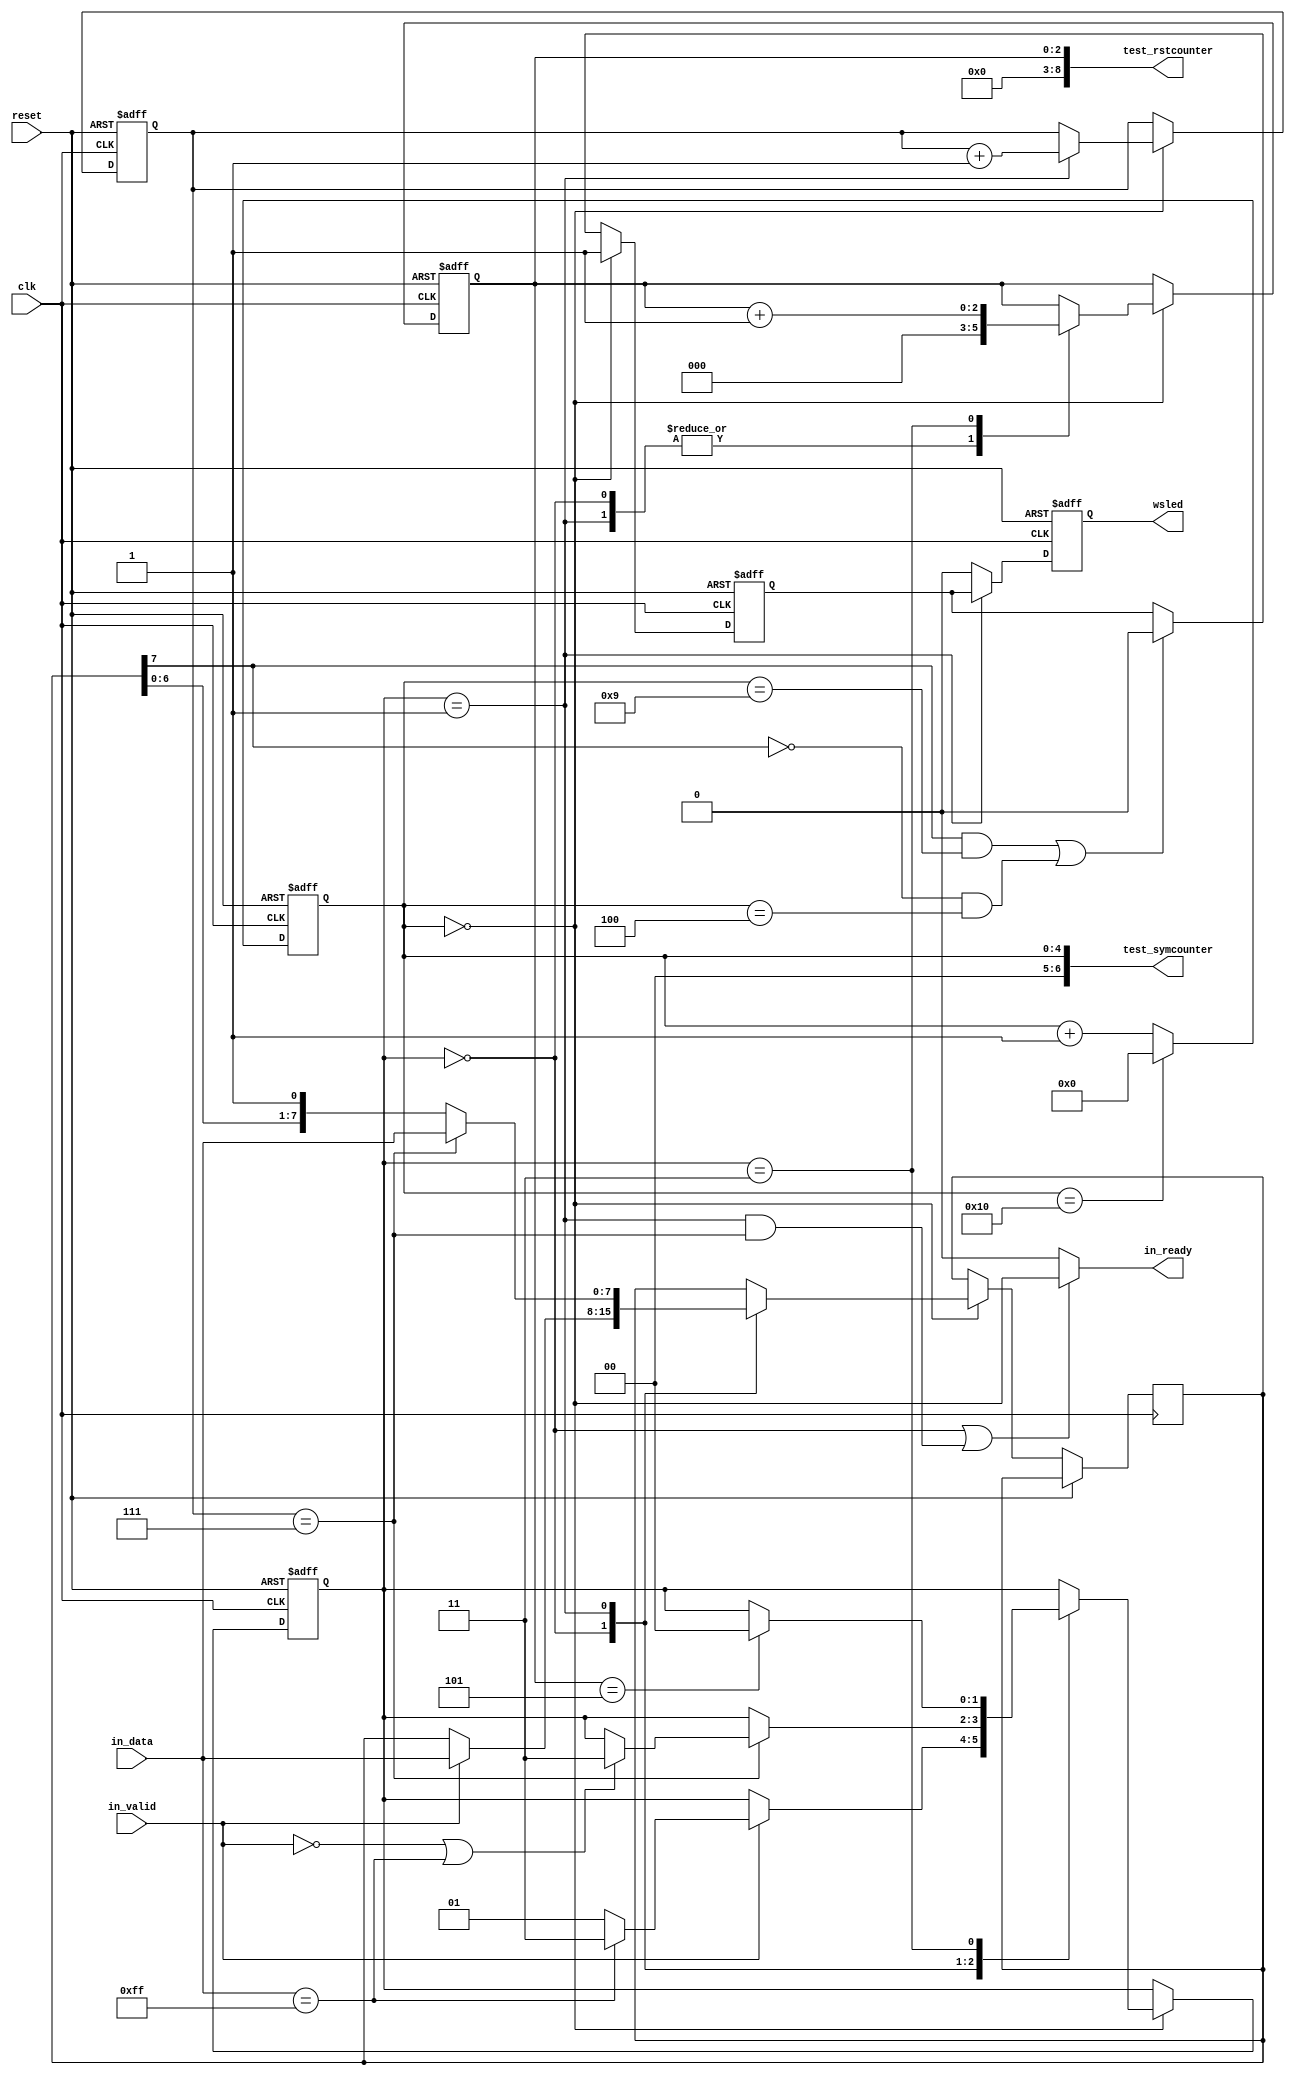
// ===================================================================
// TITLE : PERIDOT Ethernet I/O Extender / WSLED Serializer
//
//     DESIGN : s.osafune@j7system.jp (J-7SYSTEM WORKS LIMITED)
//            : 2022/09/28 (FIXED)
//
// ===================================================================
//
// The MIT License (MIT)
// Copyright (c) 2022 J-7SYSTEM WORKS LIMITED.
//
// Permission is hereby granted, free of charge, to any person obtaining a copy of
// this software and associated documentation files (the "Software"), to deal in
// the Software without restriction, including without limitation the rights to
// use, copy, modify, merge, publish, distribute, sublicense, and/or sell copies
// of the Software, and to permit persons to whom the Software is furnished to do
// so, subject to the following conditions:
//
// The above copyright notice and this permission notice shall be included in all
// copies or substantial portions of the Software.
//
// THE SOFTWARE IS PROVIDED "AS IS", WITHOUT WARRANTY OF ANY KIND, EXPRESS OR
// IMPLIED, INCLUDING BUT NOT LIMITED TO THE WARRANTIES OF MERCHANTABILITY,
// FITNESS FOR A PARTICULAR PURPOSE AND NONINFRINGEMENT. IN NO EVENT SHALL THE
// AUTHORS OR COPYRIGHT HOLDERS BE LIABLE FOR ANY CLAIM, DAMAGES OR OTHER
// LIABILITY, WHETHER IN AN ACTION OF CONTRACT, TORT OR OTHERWISE, ARISING FROM,
// OUT OF OR IN CONNECTION WITH THE SOFTWARE OR THE USE OR OTHER DEALINGS IN THE
// SOFTWARE.
//

// Verilog-2001 / IEEE 1364-2001
`default_nettype none

module peridot_ethio_wsled #(
	parameter BIT_PERIOD_COUNT		= 17,	// 1bit 
	parameter SYMBOL1_COUNT			= 9,	// 1TH1 
	parameter SYMBOL0_COUNT			= 4,	// 0TH1 
	parameter RESET_BITCOUNT		= 7		//  
) (
	output wire [6:0]	test_symcounter,
	output wire [8:0]	test_rstcounter,


	input wire			reset,
	input wire			clk,

	output wire			in_ready,
	input wire			in_valid,
	input wire  [7:0]	in_data,

	output wire			wsled
);


/* =====  ========== */



/* -----  ------------------ */

	function integer fnlog2 (input integer x);
	begin
		x = x - 1;
		for (fnlog2 = 0 ; x > 0 ; fnlog2 = fnlog2 + 1) x = x >> 1;
	end
	endfunction

	localparam SYMBOLCOUNTER_WIDTH = fnlog2(BIT_PERIOD_COUNT);
	localparam SYMCOUNT_MAX = BIT_PERIOD_COUNT[SYMBOLCOUNTER_WIDTH-1:0] - 1'd1;
	localparam S1_COUNT_VALUE = SYMBOL1_COUNT[SYMBOLCOUNTER_WIDTH-1:0];
	localparam S0_COUNT_VALUE = SYMBOL0_COUNT[SYMBOLCOUNTER_WIDTH-1:0];

	localparam RESETCOUNTER_WIDTH = fnlog2(RESET_BITCOUNT);
	localparam RST_COUNT_VALUE = RESET_BITCOUNT[RESETCOUNTER_WIDTH-1:0] - 2'd2;

	localparam	STATE_IDLE		= 2'd0,
				STATE_START		= 2'd1,
				STATE_RESET		= 2'd3;


/*  */

/* =====  ====================== */
	wire			reset_sig = reset;		//  
	wire			clock_sig = clk;		//  

	reg  [SYMBOLCOUNTER_WIDTH-1:0] symcounter_reg;
	reg				symbol_reg;
	reg				wsled_reg;
	reg  [2:0]		bitcount_reg;
	reg  [7:0]		data_reg;
	reg  [RESETCOUNTER_WIDTH-1:0] rstcounter_reg;

	reg  [1:0]		state_reg;
	wire			bit_timing_sig;


/* wirereg */

/* =====  ============== */

	assign test_symcounter = symcounter_reg;
	assign test_rstcounter = rstcounter_reg;


/* =====  ============== */

	assign in_ready = (state_reg == STATE_IDLE || (state_reg == STATE_START && bitcount_reg == 3'd7))? bit_timing_sig : 1'b0;

	assign bit_timing_sig = (symcounter_reg == 1'd0);

	always @(posedge clock_sig or posedge reset_sig) begin
		if (reset_sig) begin
			symcounter_reg <= 1'd0;
			symbol_reg <= 1'b0;
			wsled_reg <= 1'b0;

			state_reg <= STATE_IDLE;
			bitcount_reg <= 1'd0;
			rstcounter_reg <= 1'd0;
		end
		else begin

			// LED 
			if (symcounter_reg == SYMCOUNT_MAX) begin
				symcounter_reg <= 1'd0;
			end
			else begin
				symcounter_reg <= symcounter_reg + 1'd1;
			end

			if (bit_timing_sig) begin
				symbol_reg <= 1'b1;
			end
			else begin
				if ((data_reg[7] && symcounter_reg == S1_COUNT_VALUE) || (!data_reg[7] && symcounter_reg == S0_COUNT_VALUE)) begin
					symbol_reg <= 1'b0;
				end
			end

			wsled_reg <= (state_reg == STATE_START)? symbol_reg : 1'b0;


			//  
			if (bit_timing_sig) begin
				case (state_reg)
				STATE_IDLE : begin
					rstcounter_reg <= 1'd0;

					if (in_valid) begin
						data_reg <= in_data;

						if (in_data == 8'hff) begin
							state_reg <= STATE_RESET;
						end
						else begin
							state_reg <= STATE_START;
						end
					end
				end

				STATE_START : begin
					bitcount_reg <= bitcount_reg + 1'd1;
					rstcounter_reg <= 1'd0;

					if (bitcount_reg == 3'd7) begin
						data_reg <= in_data;

						if (!in_valid || in_data == 8'hff) begin
							state_reg <= STATE_RESET;
						end
					end
					else begin
						data_reg <= {data_reg[6:0], 1'b1};
					end
				end

				STATE_RESET : begin
					rstcounter_reg <= rstcounter_reg + 1'd1;

					if (rstcounter_reg == RST_COUNT_VALUE) begin
						state_reg <= STATE_IDLE;
					end
				end
				endcase
			end
		end
	end

	assign wsled = wsled_reg;



endmodule

`default_nettype wire